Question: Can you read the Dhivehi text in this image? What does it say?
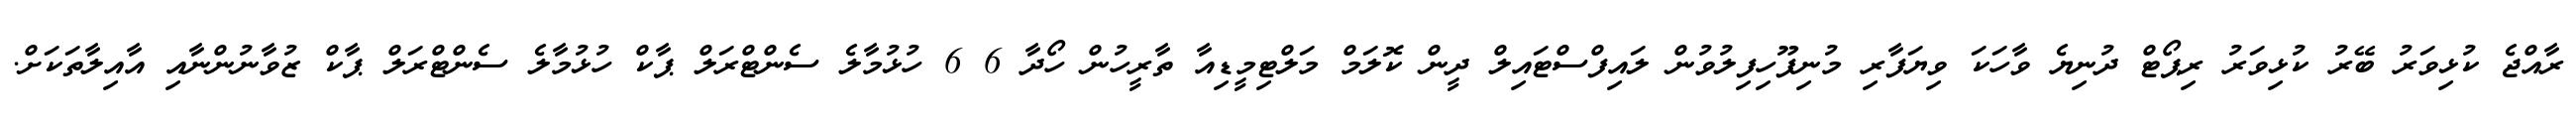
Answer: ރާއްޖެ ކުޅިވަރު ބޭރު ކުޅިވަރު ރިޕޯޓް ދުނިޔެ ވާހަކަ ވިޔަފާރި މުނިފޫހިފިލުވުން ލައިފްސްޓައިލް ދީން ކޮލަމް މަލްޓިމީޑިއާ ތާރީހުން ހޯދާ 6 6 ހުޅުމާލެ ސެންޓްރަލް ޕާކް ހުޅުމާލެ ސެންޓްރަލް ޕާކް ޒުވާނުންނާއި އާއިލާތަކަށް.